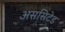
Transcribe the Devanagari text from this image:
अससिटेड